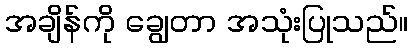
အချိန်ကို ချွေတာ အသုံးပြုသည်။